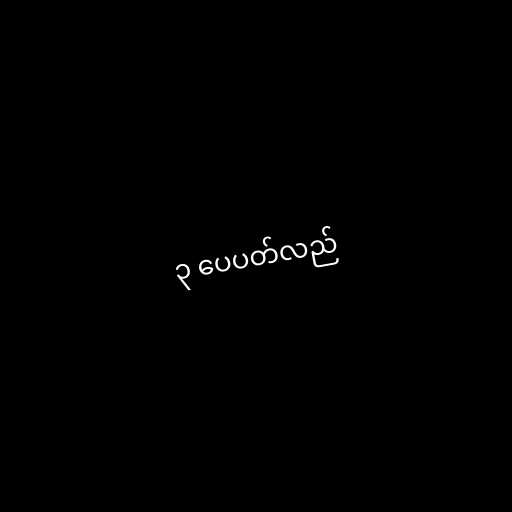
၃ ပေပတ်လည်